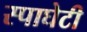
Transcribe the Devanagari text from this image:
स्पाघेटी